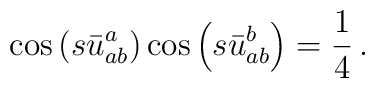
\cos\left(s\bar{u}_{ab}^{a}\right)\cos\left(s\bar{u}_{ab}^{b}\right)=\frac{1}{4}\,.